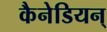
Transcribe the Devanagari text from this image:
कैनेडियन्